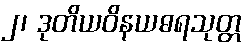
၂၊ ဒုတိယဝိနယဓရသုတ္တ